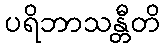
ပရိဘာသန္တီတိ